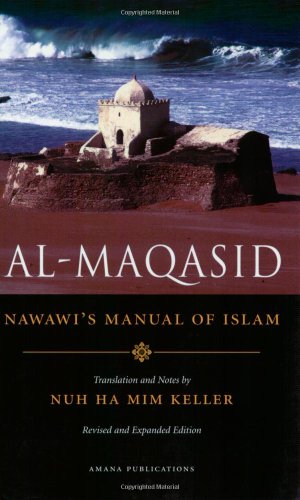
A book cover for Al-Maqasid: Nawawi's Manual of Islam; Nawawi; Religion & Spirituality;